Annual report of the Punjab Veterinary College and of the Civil Veterinary Department, Punjab - 1920-1925
Year: 1920
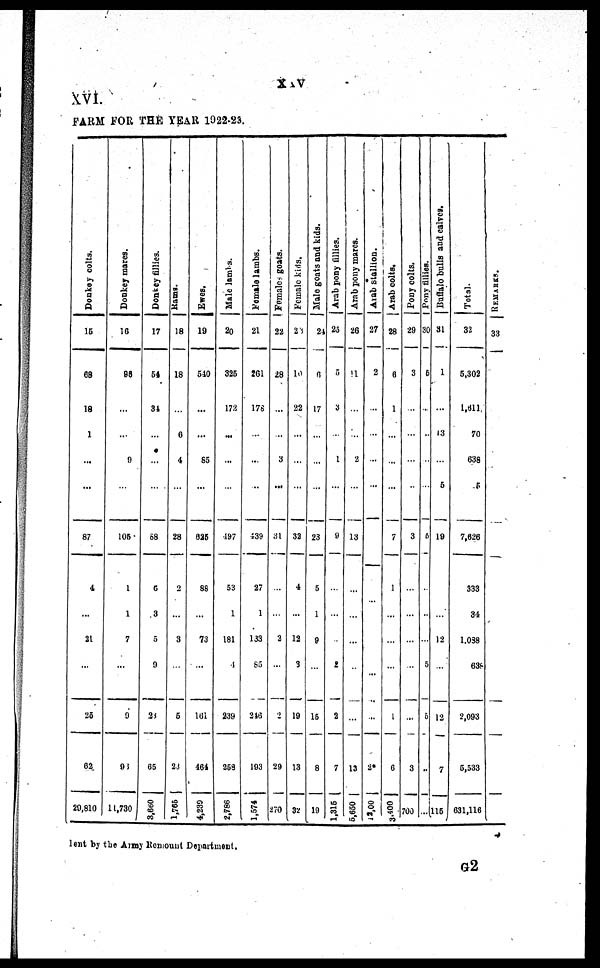
xxv
XVI.
FARM FOR THE YEAR 1922-23.
Donkey colts.
15
68
18
1
...
...
87
4
...
21
...
25
63
20,810
Donkey mares.
16
96
...
...
9
...
105
1
1
7
...
0
93
11,730
Donkey fillies.
17
54
34
...
...
...
58
6
3
5
9
25
65
3,660
Rams.
18
18
...
6
4
...
28
2
...
3
...
6
23
1,765
Ewes.
19
540
...
...
85
...
625
88
...
73
...
161
464
4,239
Male lambs.
20
325
172
...
...
...
497
53
1
181
4
239
258
2,786
female lambs.
21
261
176
...
...
...
439
27
1
133
65
246
193
1,574
Females goats.
22
28
...
...
3
...
31
...
...
2
...
2
29
270
Female kids.
23
10
22
...
...
...
32
4
...
12
8
19
13
32
Male goats and kids.
24
6
17
...
...
28
5
1
9
...
16
8
19
Arab pony fillies.
25
5
3
...
1
...
9
...
...
...
2
2
7
1,316
Arab pony mares.
26
11
...
...
2
...
13
...
...
...
...
...
13
6,650
Arab stallion.
27
2
...
...
...
...
...
...
...
...
...
...
2
12,00
Arab colts.
28
6
1
...
...
...
7
1
...
...
...
1
6
3,400
Pony colts.
29
3
...
...
...
...
3
...
...
...
...
3
700
Pony fillies.
30
5
...
...
...
...
5
...
...
...
5
5
...
...
Buffalo
bulls
and calves.
31
1
...
13
5
19
...
...
12
...
12
7
115
Total.
32
5,302
1,611
70
638
5
7,626
333
34
1,038
638
2,093
5,533
631,116
REMARKS.
33
lent by the Army Remount Department.
G2